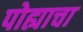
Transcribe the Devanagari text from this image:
पोह्याचा